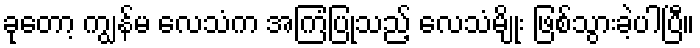
ခုတော့ ကျွန်မ လေသံက အကြံပြုသည့် လေသံမျိုး ဖြစ်သွားခဲ့ပါပြီ။